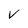
Character: v